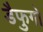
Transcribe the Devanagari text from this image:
डैफुगो